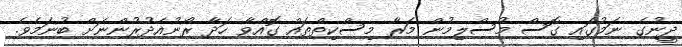
ދީނުގެ ނަމުގައި ގޮސް މުސްލިމުން މަރާ މިސްކިތްތައް ގޮއްވާ ހަދާ ރޯނުއެދުރުންނަށް ބުނަމެވެ.